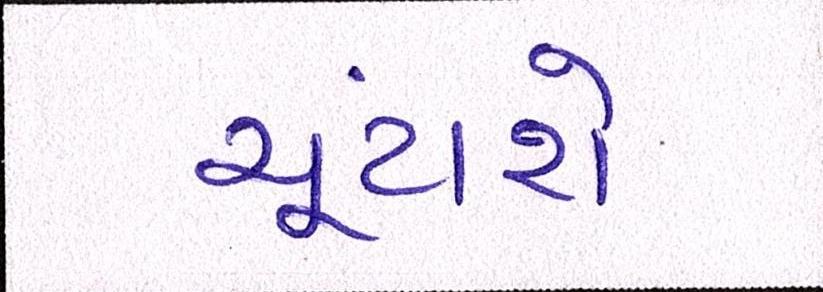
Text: ચૂંટાશે